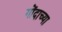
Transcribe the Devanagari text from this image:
गोंदाच्या